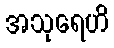
အသုရေဟိ